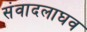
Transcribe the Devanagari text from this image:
संवादलाघव